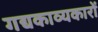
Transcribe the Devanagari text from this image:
गद्यकाव्यकारों